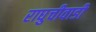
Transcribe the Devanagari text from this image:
राघुचीवाडी